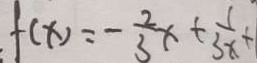
: f ( x ) = - \frac { 2 } { 3 } x + \frac { 1 } { 3 x } + 1